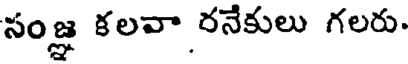
సంజ్ఞ కలవా రనేకులు గలరు.